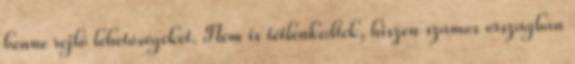
benne rejlő lehetőségeket. Nem is tétlenkedtek, hiszen számos országban